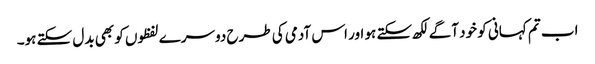
اب تم کہانی کو خود آگے لکھ سکتے ہو اور اس آدمی کی طرح دوسرے لفظوں کو بھی بدل سکتے ہو۔